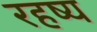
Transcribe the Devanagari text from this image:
रहष्य